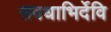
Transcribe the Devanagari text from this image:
सवधाभिर्देवि